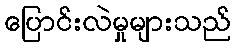
ပြောင်းလဲမှုများသည်